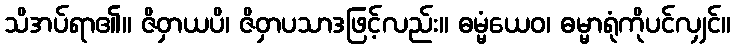
သိအပ်ရာ၏။ ဇိဝှာယပိ၊ ဇိဝှာပသာဒဖြင့်လည်း။ ဓမ္မံယေဝ၊ ဓမ္မာရုံကိုပင်လျှင်။